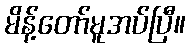
မိန့်တော်မူအပ်ပြီ။